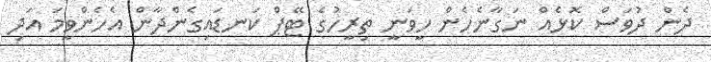
ދެން ދުވަސް ކޮޅެއް ނަގާނެހެން ހީވަނީ ތިރީހުގެ ޓޭޕް ކަނޑައިގެންދާން އެހެންވީމަ އަދި